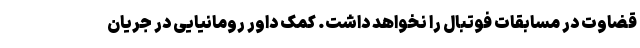
قضاوت در مسابقات فوتبال را نخواهد داشت. کمک داور رومانیایی در جریان